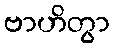
ဗာဟိတွာ